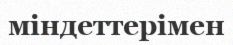
міндеттерімен